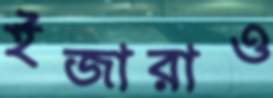
ইজারাও